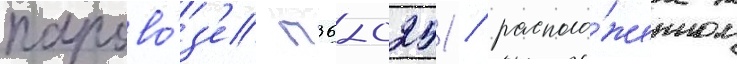
парово́з'е п36-0251 / располо́женном